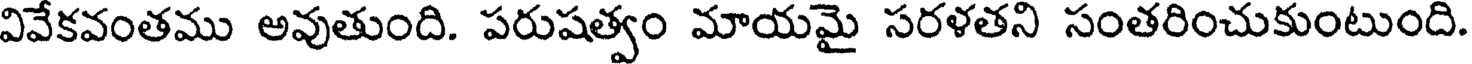
వివేకవంతము అవుతుంది. పరుషత్వం మాయమై సరళతని సంతరించుకుంటుంది